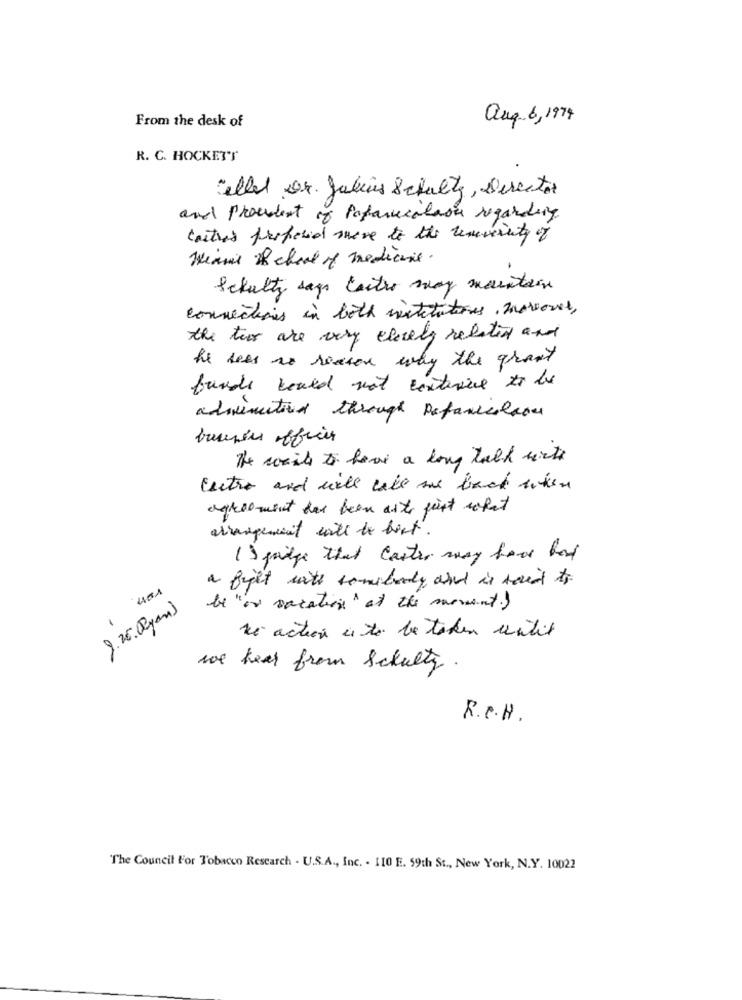
From the desk of
aug. 6, 1974
R. C. HOCKETT
ället Dr. Julius Schultz, Director
and procent of Pagarecation regarding
castres preferid move to the remunercity of
Means of choal of medicine.
Schultz sags Castro may maintain
connections in both institutions Inorout,
the two are very cleverly related and
he ress no reason why the grant
funds could not continue to be
adminutied through Datanicolaou
The wait to have a long talk with
Centro and will take me back when
agreement has been aste just what
arrangement will be bert.
IS pidge that caster may how bad
a fight with somebody and is said to
be "or vacation at the moment.)
9.26.02yan )
le action 4 to be taken until
we hear from Schulty.
R. C.H.
The Council For Tobacco Research . U.S.A ., Inc. . 110 E. 59th St ., New York, N.Y. 10022